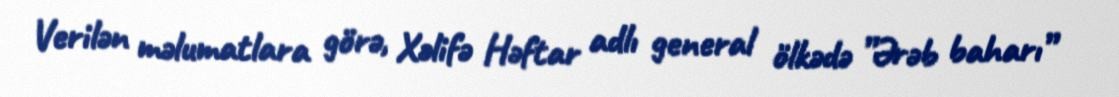
Verilən məlumatlara görə, Xəlifə Həftar adlı general ölkədə ”Ərəb baharı”